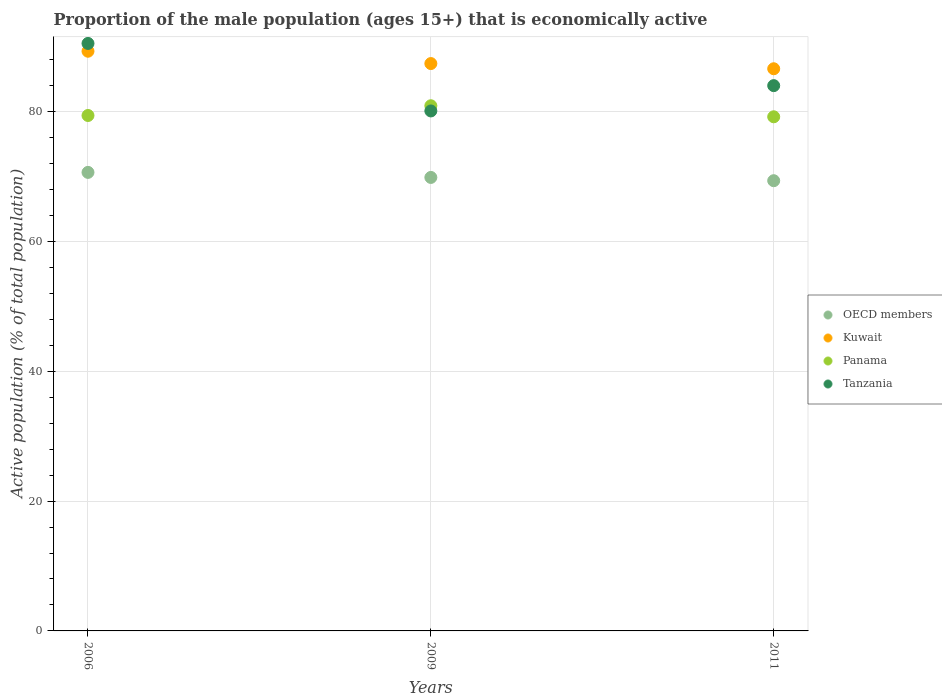
| Years | OECD members | Kuwait | Panama | Tanzania |
 | --- | --- | --- | --- | --- |
 | 2006 | 70.6 | 89.3 | 79.4 | 90.5 |
 | 2009 | 69.9 | 87.4 | 80.9 | 80.1 |
 | 2011 | 69.4 | 86.6 | 79.2 | 84 |